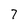
Character: 7